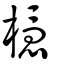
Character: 檼